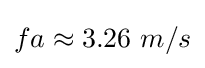
fa\approx 3.26~m/s